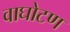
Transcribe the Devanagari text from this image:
वाघोटण